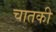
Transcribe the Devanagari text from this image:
चातकी